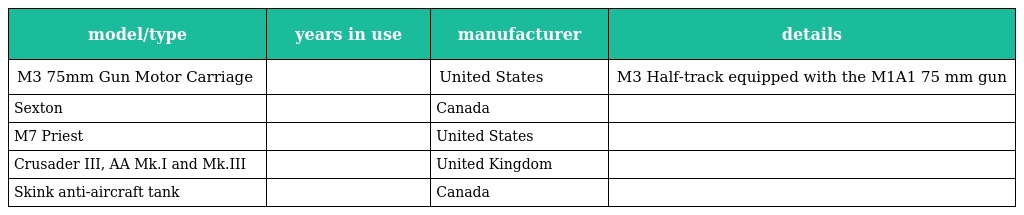
| model/type | years in use | manufacturer | details |
 | --- | --- | --- | --- |
 | M3 75mm Gun Motor Carriage |  | United States | M3 Half-track equipped with the M1A1 75 mm gun |
 | Sexton |  | Canada |  |
 | M7 Priest |  | United States |  |
 | Crusader III, AA Mk.I and Mk.III |  | United Kingdom |  |
 | Skink anti-aircraft tank |  | Canada |  |